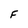
Character: F